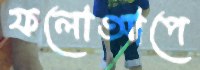
ফলোআপে